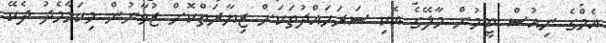
އެމްގެ ނިއުސް ޓީމުން މާލޭގެ އެކި ސަރަހައްދުތަކަށް ޒިޔާރަތްކޮށް ޒުވާނުން މިކަމާމެދު ދެކޭ